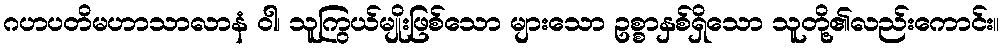
ဂဟပတိမဟာသာလာနံ ဝါ၊ သူကြွယ်မျိုးဖြစ်သော များသော ဥစ္စာနှစ်ရှိသော သူတို့၏လည်းကောင်း။